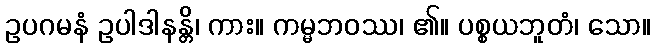
ဥပဂမနံ ဥပါဒါနန္တိ၊ ကား။ ကမ္မဘဝဿ၊ ၏။ ပစ္စယဘူတံ၊ သော။